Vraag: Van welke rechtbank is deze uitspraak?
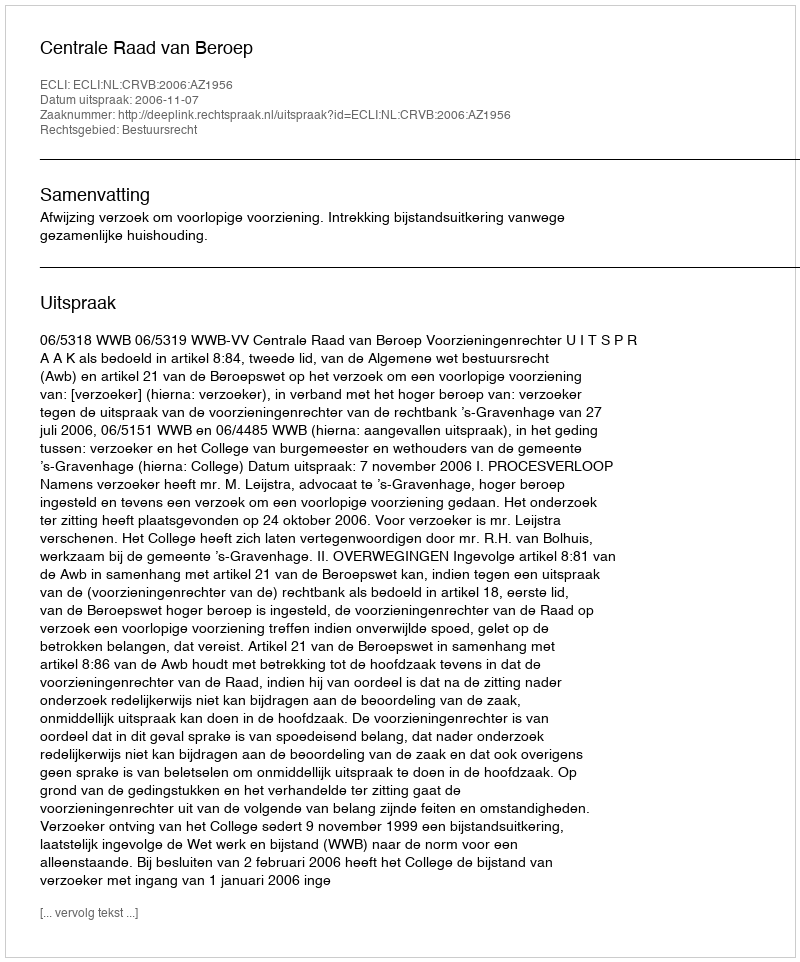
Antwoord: Centrale Raad van Beroep